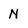
Character: N